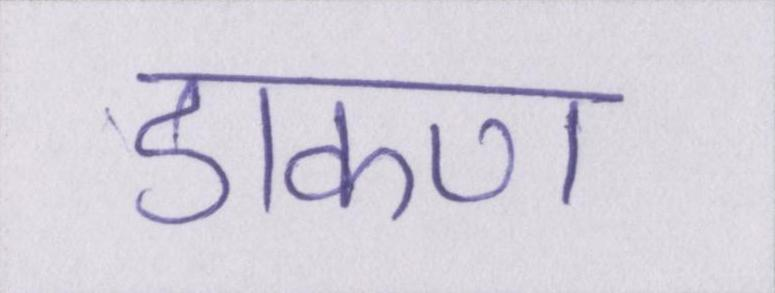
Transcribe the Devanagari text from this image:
डाकण